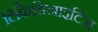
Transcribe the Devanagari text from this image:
लिंफेडिनाइटिस